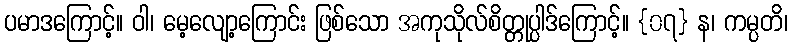
ပမာဒကြောင့်။ ဝါ၊ မေ့လျော့ကြောင်း ဖြစ်သော အကုသိုလ်စိတ္တုပ္ပါဒ်ကြောင့်။ {၀၇} န၊ ကမ္ပတိ၊